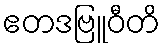
ဧတဒဗြူဝီတိ